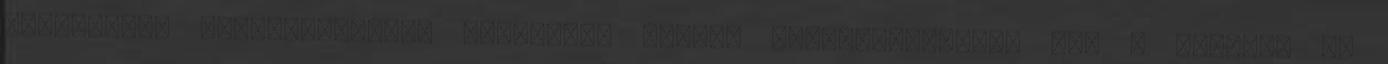
kapcsolódó hangeffektusok programon belüli megvalósítására is. A felvett és